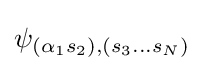
\psi _{(\alpha _{1}s_{2}),(s_{3}...s_{N})}